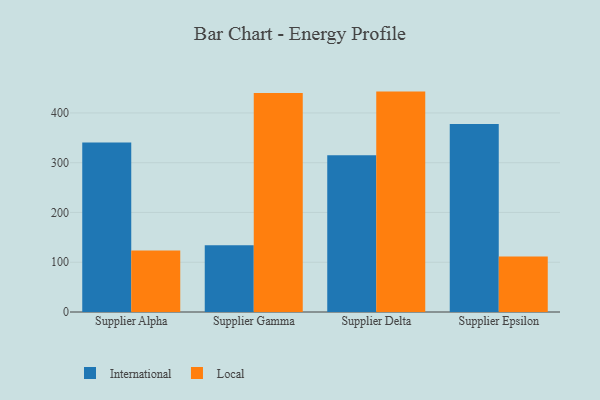
{"axis": {"x": "Supplier", "y": "Shipments"}, "legend": ["International", "Local"], "data": [{"x": "Supplier Alpha", "y": 340.7, "type": "International"}, {"x": "Supplier Alpha", "y": 123.7, "type": "Local"}, {"x": "Supplier Gamma", "y": 134.0, "type": "International"}, {"x": "Supplier Gamma", "y": 439.9, "type": "Local"}, {"x": "Supplier Delta", "y": 315.2, "type": "International"}, {"x": "Supplier Delta", "y": 442.9, "type": "Local"}, {"x": "Supplier Epsilon", "y": 377.6, "type": "International"}, {"x": "Supplier Epsilon", "y": 111.6, "type": "Local"}]}